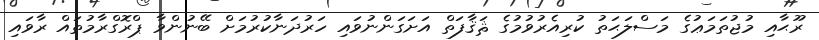
ރޫޙާއި މުޖުތަމަޢުގެ މަސްލަޙަތު ކުރިއެރުވުމުގެ ޘަޤާފަތް އަށަގަންނުވައި ހަރުދަނާކުރުމަށް ބޭނުންވާ ޕްރޮގްރާމުތައް ރާވައި